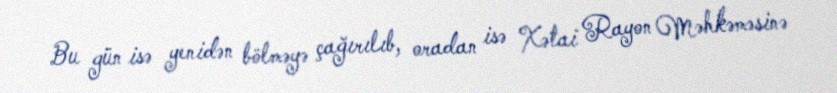
Bu gün isə yenidən bölməyə çağırılıb, oradan isə Xətai Rayon Məhkəməsinə